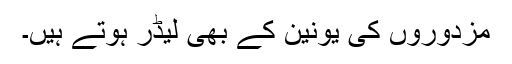
مزدوروں کی یونین کے بھی لیڈر ہوتے ہیں۔